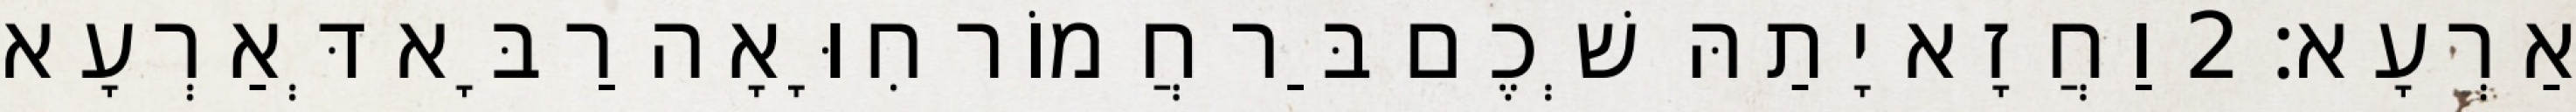
אַרְעָא׃ 2 וַחֲזָא יָתַהּ שְׁכֶם בַּר חֲמוֹר חִוָּאָה רַבָּא דְּאַרְעָא